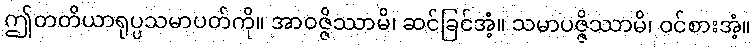
ဤတတိယာရုပ္ပသမာပတ်ကို။ အာဝဇ္ဇိဿာမိ၊ ဆင်ခြင်အံ့။ သမာပဇ္ဇိဿာမိ၊ ဝင်စားအံ့။